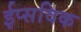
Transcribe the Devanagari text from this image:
ईप्सविक